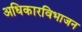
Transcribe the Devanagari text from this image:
अधिकारविभाजन